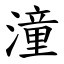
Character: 潼